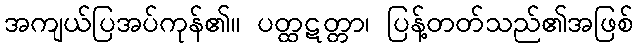
အကျယ်ပြအပ်ကုန်၏။ ပတ္ထဋတ္တာ၊ ပြန့်တတ်သည်၏အဖြစ်